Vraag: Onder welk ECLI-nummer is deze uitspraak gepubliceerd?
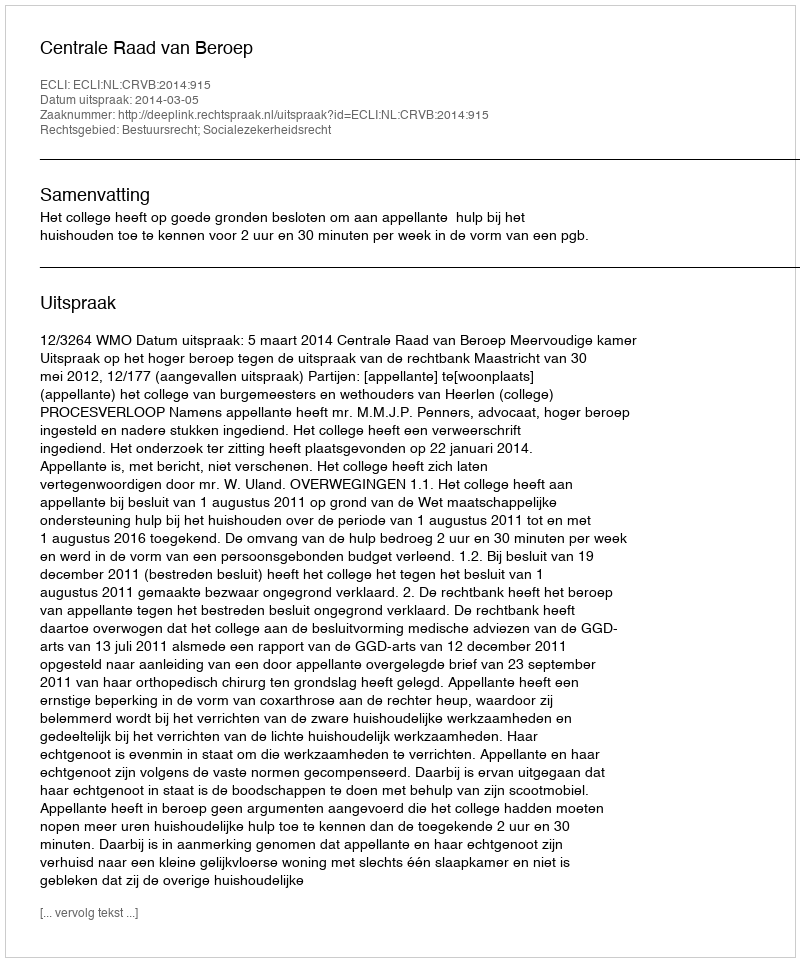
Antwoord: ECLI:NL:CRVB:2014:915